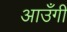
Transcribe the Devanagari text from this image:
आउँगी